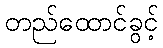
တည်ထောင်ခွင့်